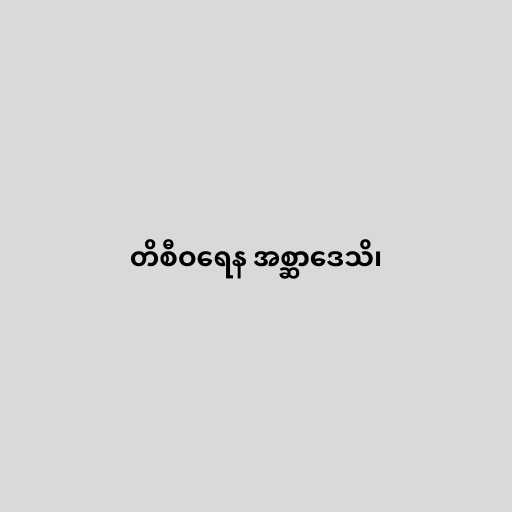
တိစီဝရေန အစ္ဆာဒေသိ၊